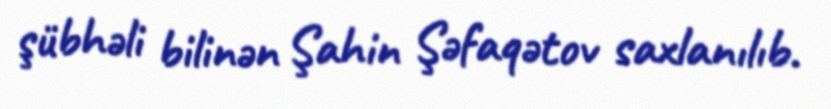
şübhəli bilinən Şahin Şəfaqətov saxlanılıb.